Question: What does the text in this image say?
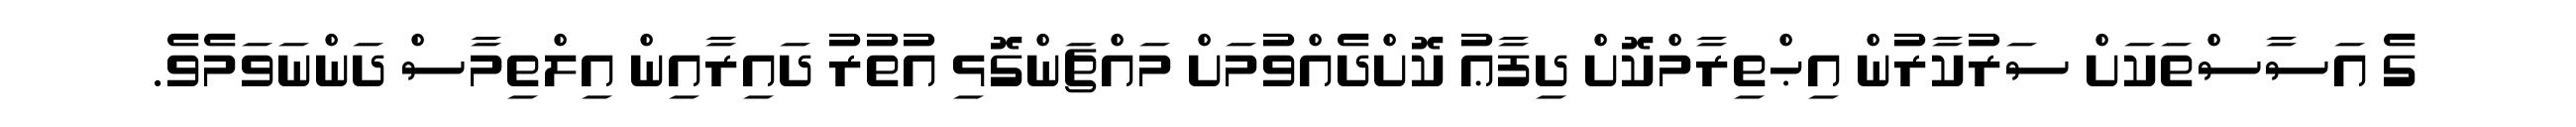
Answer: ގެ އަސާސްތަކަށް ސަރުކާރުން އިޙްތިރާމްކޮށް ދިފާޢު ކޮށްދެއްވުމަށް މައްޗަންގޮޅި އުތުރު ދައިރާއިން އިލްތިމާސް ދަންނަވަމެވެ.